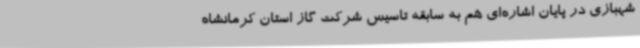
شهبازی در پایان اشاره‌ای هم به سابقه تاسیس شرکت گاز استان کرمانشاه